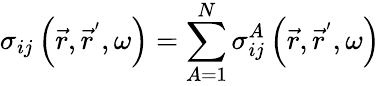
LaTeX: \sigma_{ij}\left(\vec{r},\vec{r}^{^{\prime}},\omega\right)=\sum_{A=1}^{N}\sigma_{ij}^{A}\left(\vec{r},\vec{r}^{^{\prime}},\omega\right)